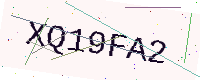
Text: XQ19FA2